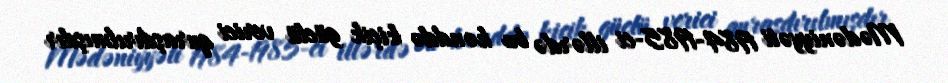
Mədəniyyəti 1984-1985-ci illərdə bu kənddə kiçik güclü verici quraşdırılmışdır